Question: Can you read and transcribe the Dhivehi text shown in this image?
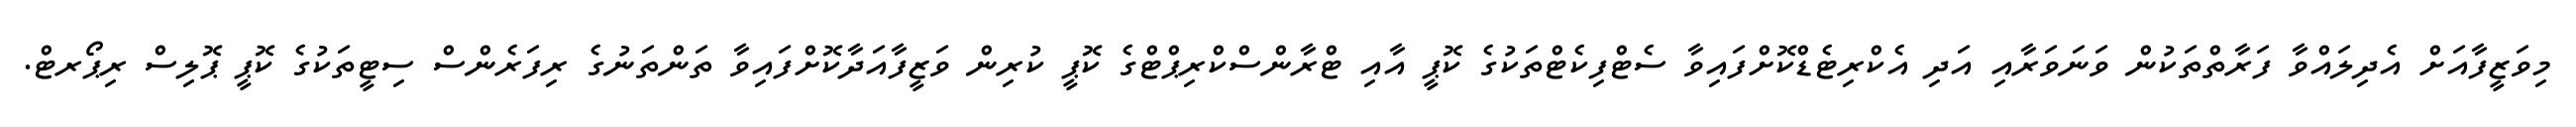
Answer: މިވަޒީފާއަށް އެދިލައްވާ ފަރާތްތަކުން ވަނަވަރާއި އަދި އެކްރިޓެޑްކޮށްފައިވާ ސެޓްފިކެޓްތަކުގެ ކޮޕީ އާއި ޓްރާންސްކްރިޕްޓްގެ ކޮޕީ ކުރިން ވަޒީފާއަދާކޮށްފައިވާ ތަންތަނުގެ ރިފަރެންސް ސިޓީތަކުގެ ކޮޕީ ޕޮލިސް ރިޕޯރޓް.